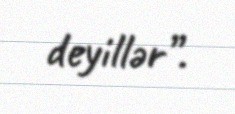
deyillər”.